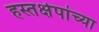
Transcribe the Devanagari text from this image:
हस्तक्षेपांच्या